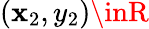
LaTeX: (\mathbf{x}_{2},y_{2})\inR